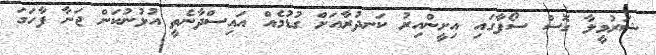
ޝަރުމީލާ ގޮސް ސޯފާގައި އިށީންއިރު ކަނދުރާއަށް ގުޑުމެއް އައިސްދާނެތީ އުޅުނުކަން ޖަނާ ފާހަގަ